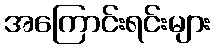
အကြောင်းရင်းများ